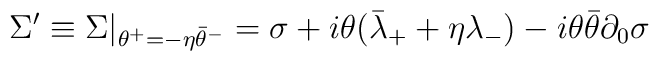
\Sigma' \equiv \Sigma|_{\theta^+ = -\eta \bar{\theta}^-}= \sigma +i \theta (\bar{\lambda}_+ + \eta \lambda_-)-i\theta \bar{\theta} \partial_0 \sigma